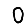
Digit: 0